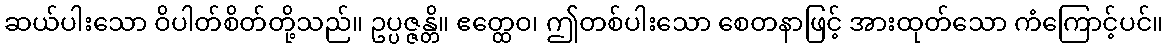
ဆယ်ပါးသော ဝိပါတ်စိတ်တို့သည်။ ဥပ္ပဇ္ဇန္တိ။ ဧတ္ထေဝ၊ ဤတစ်ပါးသော စေတနာဖြင့် အားထုတ်သော ကံကြောင့်ပင်။